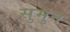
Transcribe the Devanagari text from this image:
सुमुन